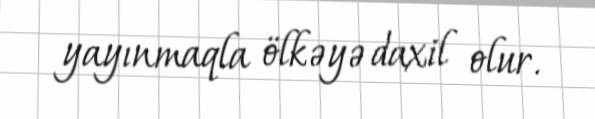
yayınmaqla ölkəyə daxil olur.